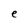
Character: e